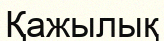
Қажылық